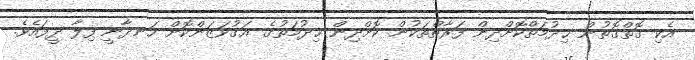
އެކި ގޮތްގޮތުން ޚިދުމަތްކޮށްދިން ފަރާތްތަކުން ކޮށްދިން ޚިދުމަތުގެ އަގުވަޒަންކޮށް ހަނދާނީ ފިލާ ދީފައެވެ.